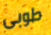
طوبى